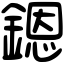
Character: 𨪜